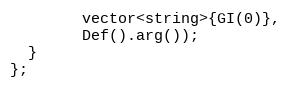
Language: C++
        vector<string>{GI(0)},
        Def().arg());
  }
};